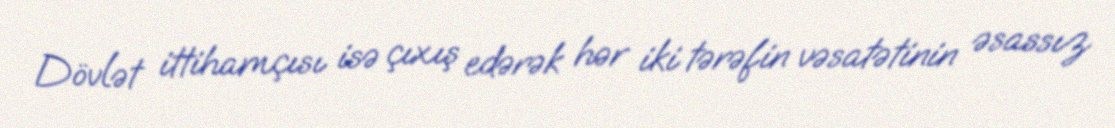
Dövlət ittihamçısı isə çıxış edərək hər iki tərəfin vəsatətinin əsassız